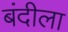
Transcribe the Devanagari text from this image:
बंदीला